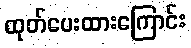
ထုတ်ပေးထားကြောင်း